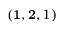
( \mathbf { 1 } , \mathbf { 2 } , 1 )